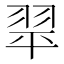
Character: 𦐜